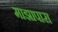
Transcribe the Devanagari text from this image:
माझापारा